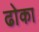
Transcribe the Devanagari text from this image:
ढाेका